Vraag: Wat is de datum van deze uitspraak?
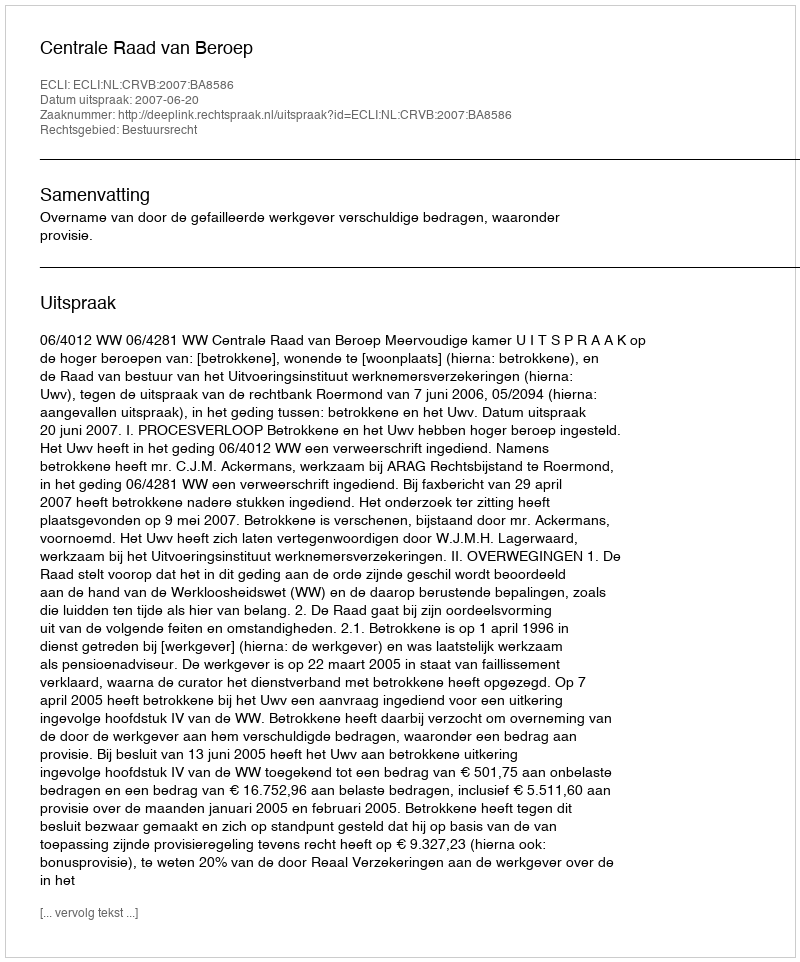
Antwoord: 2007-06-20